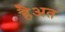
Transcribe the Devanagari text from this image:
हैअत